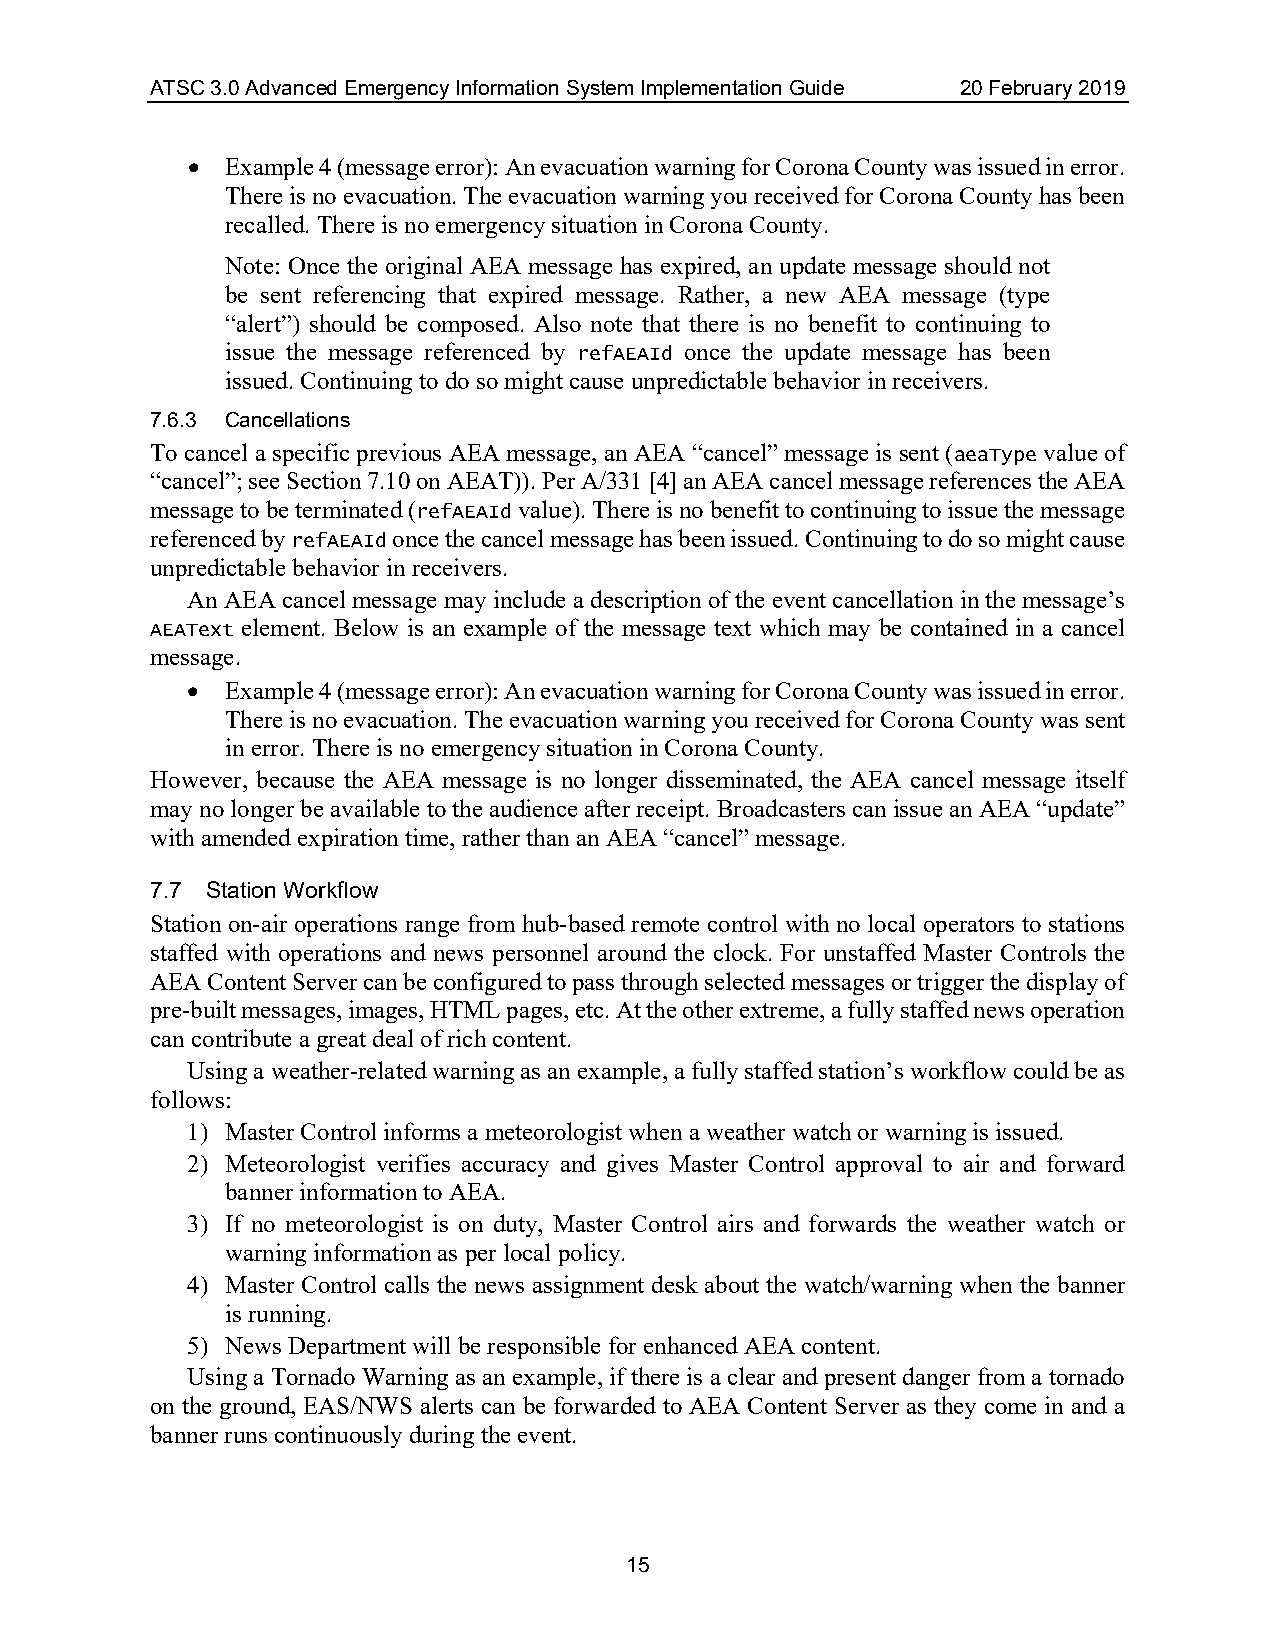
ATSC 3.0 Advanced Emergency Information System Implementation Guide 20 February 2019
 •  Example 4 (message error): An evacuation warning for Corona County was issued in error.
 There is no evacuation. The evacuation warning you received for Corona County has been
 recalled. There is no emergency situation in Corona County.
 Note: Once the original AEA message has expired, an update message should not
 be sent referencing that expired message. Rather, a new AEA message (type
 “alert”) should be composed. Also note that there is no benefit to continuing to
 issue the message referenced by refAEAId once the update message has been
 issued. Continuing to do so might cause unpredictable behavior in receivers.
 7.6.3 Cancellations
 To cancel a specific previous AEA message, an AEA “cancel” message is sent (aeaType value of
 “cancel”; see Section 7.10 on AEAT)). Per A/331 [4] an AEA cancel message references the AEA
 message to be terminated (refAEAId value). There is no benefit to continuing to issue the message
 referenced by refAEAId once the cancel message has been issued. Continuing to do so might cause
 unpredictable behavior in receivers.
 An AEA cancel message may include a description of the event cancellation in the message’s
 AEAText element. Below is an example of the message text which may be contained in a cancel
 message.
 •  Example 4 (message error): An evacuation warning for Corona County was issued in error.
 There is no evacuation. The evacuation warning you received for Corona County was sent
 in error. There is no emergency situation in Corona County.
 However, because the AEA message is no longer disseminated, the AEA cancel message itself
 may no longer be available to the audience after receipt. Broadcasters can issue an AEA “update”
 with amended expiration time, rather than an AEA “cancel” message.
 7.7 Station Workflow
 Station on-air operations range from hub-based remote control with no local operators to stations
 staffed with operations and news personnel around the clock. For unstaffed Master Controls the
 AEA Content Server can be configured to pass through selected messages or trigger the display of
 pre-built messages, images, HTML pages, etc. At the other extreme, a fully staffed news operation
 can contribute a great deal of rich content.
 Using a weather-related warning as an example, a fully staffed station’s workflow could be as
 follows:
 1) Master Control informs a meteorologist when a weather watch or warning is issued.
 2) Meteorologist verifies accuracy and gives Master Control approval to air and forward
 banner information to AEA.
 3) If no meteorologist is on duty, Master Control airs and forwards the weather watch or
 warning information as per local policy.
 4) Master Control calls the news assignment desk about the watch/warning when the banner
 is running.
 5) News Department will be responsible for enhanced AEA content.
 Using a Tornado Warning as an example, if there is a clear and present danger from a tornado
 on the ground, EAS/NWS alerts can be forwarded to AEA Content Server as they come in and a
 banner runs continuously during the event.
 15